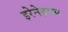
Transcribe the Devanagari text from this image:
इरेनेइयस